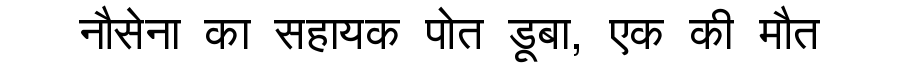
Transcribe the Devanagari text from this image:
नौसेना का सहायक पोत डूबा, एक की मौत